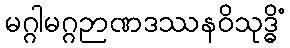
မဂ္ဂါမဂ္ဂဉာဏဒဿနဝိသုဒ္ဓိံ